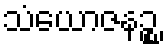
သံယောဇနဉ္စ